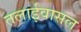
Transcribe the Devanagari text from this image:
तलाईवासल